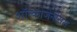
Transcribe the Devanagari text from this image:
ऑन्कोजेनेसिस